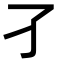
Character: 𡤼